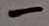
Text: -